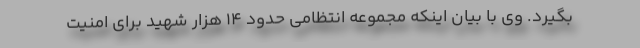
بگیرد. وی با بیان اینکه مجموعه انتظامی حدود ۱۴ هزار شهید برای امنیت